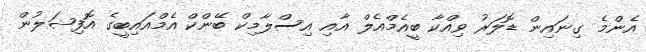
އެންމެ ގިނައިން ޑޮލަރު ވިއްކާ ބީއެމްއެލް އާއި އިސްލާމިކް ބޭންކް އެމްއައިބީގެ އޮފިޝަލުން